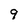
Character: 9